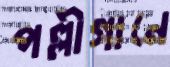
পল্লীগানে